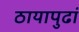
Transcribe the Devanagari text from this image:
ठायापुढां